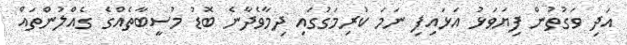
އަދި ވަގުތުން ފިޔަވަޅު އަޅައިފި ނަމަ ކުރިމަގުގައި ދިމާވެދާނެ ބޮޑު މުސީބާތެއްގެ ގެއްލުންތައް